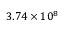
3 . 7 4 \times 1 0 ^ { 8 }